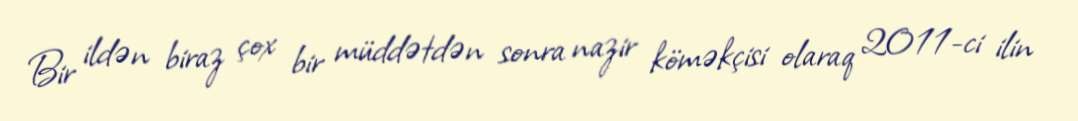
Bir ildən biraz çox bir müddətdən sonra nazir köməkçisi olaraq 2011-ci ilin